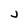
Character: j